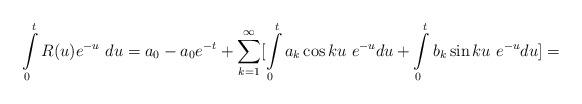
LaTeX: \begin{align*} \int \limits _0^{t} R(u) e^{-u}\ du = a_0-a_0 e^{-t} +\sum \limits _{k=1}^{\infty } [ \int \limits _0^t a_k \cos{k u}\ e^{-u} du + \int \limits _0^t b_k \sin{k u} \ e^{-u} du]= \end{align*}